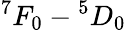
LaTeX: ^7F_{0}-{}^{5}D_{0}